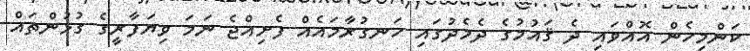
ކަންމިހެން އޮއްވައި ދެ ޤައުމުގެ ދެމެދުގައި ހަނގުރާމައެއް ފެށިއްޖެ ނަމަ ވިޔަފާރީގެ ގުޅުންތައް